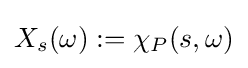
X_{s}(\omega ):=\chi _{P}(s,\omega )